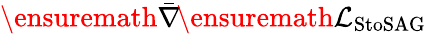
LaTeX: \ensuremath{\bar{\nabla}}\! \ensuremath{\mathcal{L}}_{\textnormal{{StoSAG}}}